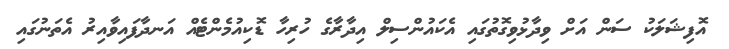
އޮފިޝަލަކު ސަން އަށް ވިދާޅުވިގޮތުގައި އެކައުންސިލް އިދާރާގެ ހުރިހާ ޑޮކިއުމެންޓެއް އަނދާފައިވާއިރު އެތަނުގައި